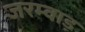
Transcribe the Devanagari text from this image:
जरम्वाड़